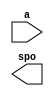
module Kong(
  a,
  spo
);

input [14 : 0] a;
output [15 : 0] spo;

// synthesis translate_off

  DIST_MEM_GEN_V7_2 #(
    .C_ADDR_WIDTH(15),
    .C_DEFAULT_DATA("0"),
    .C_DEPTH(32768),
    .C_FAMILY("kintex7"),
    .C_HAS_CLK(0),
    .C_HAS_D(0),
    .C_HAS_DPO(0),
    .C_HAS_DPRA(0),
    .C_HAS_I_CE(0),
    .C_HAS_QDPO(0),
    .C_HAS_QDPO_CE(0),
    .C_HAS_QDPO_CLK(0),
    .C_HAS_QDPO_RST(0),
    .C_HAS_QDPO_SRST(0),
    .C_HAS_QSPO(0),
    .C_HAS_QSPO_CE(0),
    .C_HAS_QSPO_RST(0),
    .C_HAS_QSPO_SRST(0),
    .C_HAS_SPO(1),
    .C_HAS_SPRA(0),
    .C_HAS_WE(0),
    .C_MEM_INIT_FILE("Kong.mif"),
    .C_MEM_TYPE(0),
    .C_PARSER_TYPE(1),
    .C_PIPELINE_STAGES(0),
    .C_QCE_JOINED(0),
    .C_QUALIFY_WE(0),
    .C_READ_MIF(1),
    .C_REG_A_D_INPUTS(0),
    .C_REG_DPRA_INPUT(0),
    .C_SYNC_ENABLE(1),
    .C_WIDTH(16)
  )
  inst (
    .A(a),
    .SPO(spo),
    .D(),
    .DPRA(),
    .SPRA(),
    .CLK(),
    .WE(),
    .I_CE(),
    .QSPO_CE(),
    .QDPO_CE(),
    .QDPO_CLK(),
    .QSPO_RST(),
    .QDPO_RST(),
    .QSPO_SRST(),
    .QDPO_SRST(),
    .DPO(),
    .QSPO(),
    .QDPO()
  );

// synthesis translate_on

endmodule